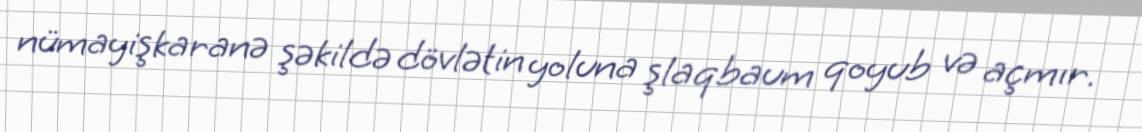
nümayişkaranə şəkildə dövlətin yoluna şlaqbaum qoyub və açmır.